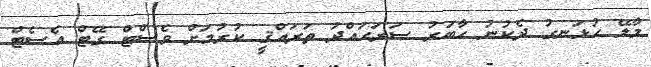
މާލޭ ހުޅަނގު ދެކުނު ހާބަރު ސަރަހައްދު ތަރައްޤީ ކުރުމަށް ވެސްޓް ގޭޓް އެސެޓް